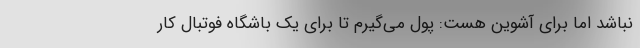
نباشد اما برای آشوین هست: پول می‌گیرم تا برای یک باشگاه فوتبال کار